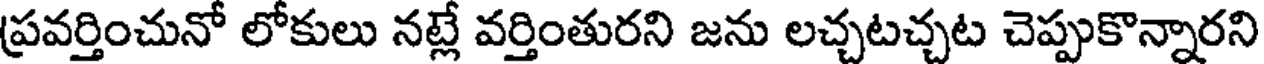
ప్రవర్తించునో లోకులు నట్లే వర్తింతురని జను లచ్చటచ్చట చెప్పుకొన్నారని